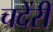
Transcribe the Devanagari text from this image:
चदेंरी